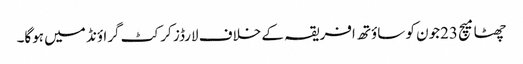
چھٹا میچ 23جون کو ساؤتھ افریقہ کے خلاف لارڈز کرکٹ گراؤنڈ میں ہوگا۔